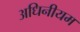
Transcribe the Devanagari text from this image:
अधिनीयम